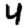
Digit: 4